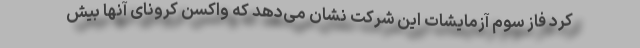
کرد فاز سوم آزمایشات این شرکت نشان می‌دهد که واکسن کرونای آنها بیش